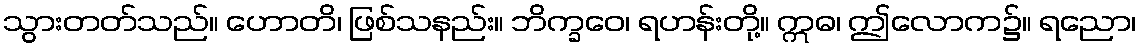
သွားတတ်သည်။ ဟောတိ၊ ဖြစ်သနည်း။ ဘိက္ခဝေ၊ ရဟန်းတို့။ ဣဓ၊ ဤလောက၌။ ရညော၊